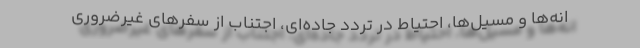
انه‌ها و مسیل‌ها، احتیاط در تردد جاده‌ای، اجتناب از سفرهای غیرضروری